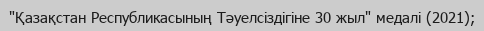
"Қазақстан Республикасының Тәуелсіздігіне 30 жыл" медалі (2021);